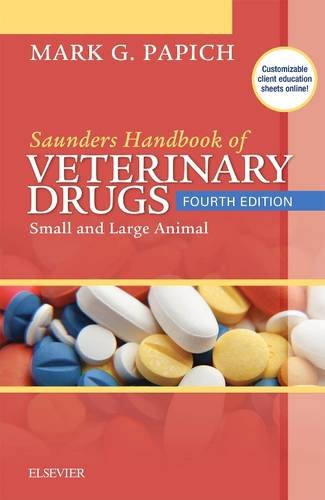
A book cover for Saunders Handbook of Veterinary Drugs: Small and Large Animal, 4e (Handbook of Veterinary Drugs  (Saunders)); Mark G. Papich DVM  MS  DACVCP; Medical Books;